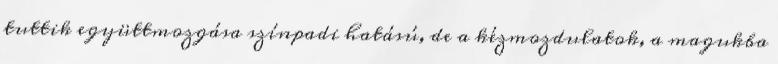
tuttik együttmozgása színpadi hatású, de a kézmozdulatok, a magukba